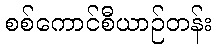
စစ်ကောင်စီယာဉ်တန်း